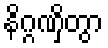
နိဂ္ဂဏှိတွာ